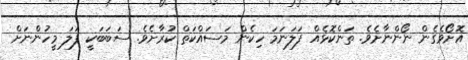
އޮށޯވެގެން ނޯންނާށެވެ. ތަންކޮޅެއް ފަލަނަމަ ހިކެން މަސައްކަތް ކުރާށެވެ. ސަބަބަކީ ފަލަ މީހުންނަށް